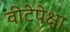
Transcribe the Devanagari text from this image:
वीटेपेक्षा